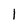
Character: l